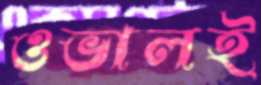
ওভালই